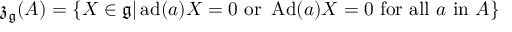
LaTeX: { \mathfrak { z } } _ { \mathfrak { g } } ( A ) = \{ X \in { \mathfrak { g } } | \operatorname { a d } ( a ) X = 0 { \mathrm { ~ o r ~ } } \operatorname { A d } ( a ) X = 0 { \mathrm { ~ f o r ~ a l l ~ } } a { \mathrm { ~ i n ~ } } A \}